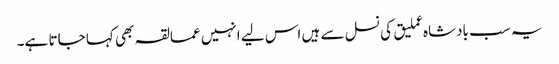
یہ سب بادشاہ عملیق کی نسل سے ہیں اس لیے انہیں عمالقہ بھی کہا جاتا ہے۔